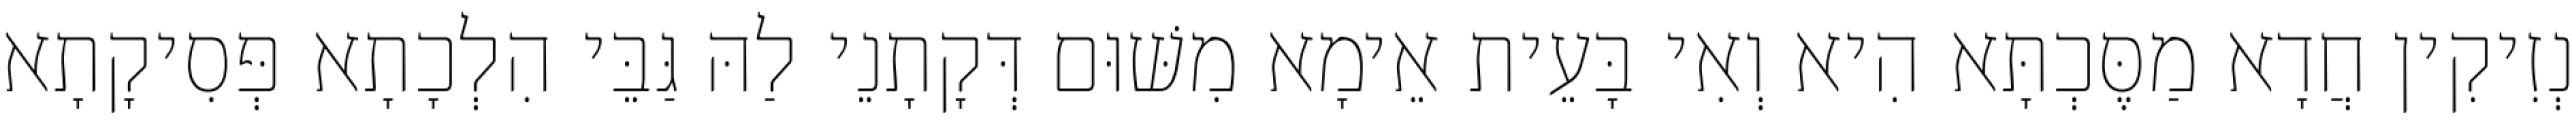
נְזִיקִין חֲדָא מַסֶּכְתָּא הִיא וְאִי בָּעֵית אֵימָא מִשּׁוּם דְּקָתָנֵי לַהּ גַּבֵּי הִלְכָתָא פְּסִיקָתָא